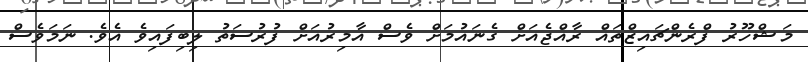
މަޝްހޫރު ފްރެންޗައިޒްތައް ރާއްޖެއަށް ގެނައުމަށް ވެސް އާމިރުއަށް ފުރުސަތު ލިބިފައިވެ އެވެ. ނަމަވެސް